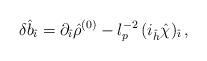
LaTeX: \begin{align*}\delta {\hat b}_{\hat \imath}=\partial_{\hat \imath}{\hat \rho}^{(0)}- l_p^{-2} \, (i_{\hat h}{\hat \chi})_{\hat \imath}\, ,\end{align*}